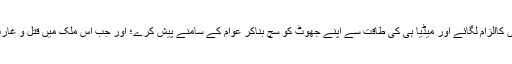
چاہے تو برطانیہ کا جمہوری وزیراعظم ٹونی بلئیر کسی دوسرے ملک پر کیمیائی ہتھیاروں کاالزام لگائے اور میڈیا ہی کی طاقت سے اپنے جھوٹ کو سچ بناکر عوام کے سامنے پیش کرے؛ اور جب اس ملک میں قتل و غارت کا کوئی انجام نہ نکلے تو کہہ دے کہ کیمیائی ہتھیاروں والی معلومات درست نہیں تھیں۔